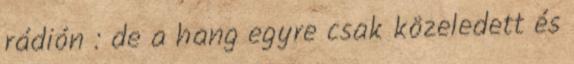
rádión : de a hang egyre csak közeledett és